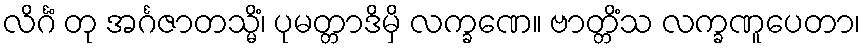
လိင်္ဂံ တု အင်္ဂဇာတသ္မိံ၊ ပုမတ္တာဒိမှိ လက္ခဏေ။ ဗာတ္တိံသ လက္ခဏူပေတာ၊